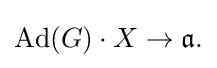
\displaystyle {\mathrm {Ad} (G)\cdot X\rightarrow {\mathfrak {a}}.}